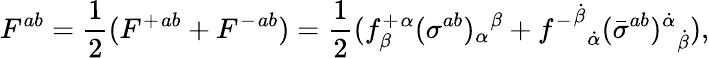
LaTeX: F^{ab}={\frac{1}{2}}({F^{+}}{}^{ab}+{F^{-}}{}^{ab})={\frac{1}{2}}({f_{\beta}^{+}}{}^{\alpha}{(\sigma^{ab})_{\alpha}}{}^{\beta}+{{f^{-}}^{\dot{\beta}}}_{\dot{\alpha}}{(\bar{\sigma}^{ab}){}^{\dot{\alpha}}}_{\dot{\beta}}),